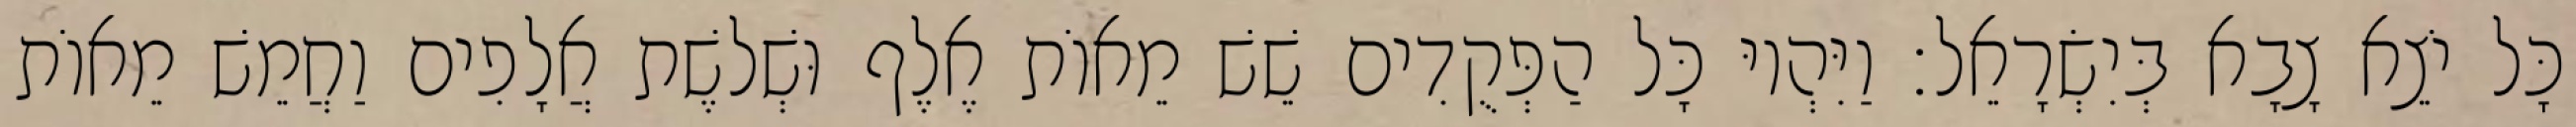
כָּל יֹצֵא צָבָא בְּיִשְׂרָאֵל׃ וַיִּהְיוּ כָּל הַפְּקֻדִים שֵׁשׁ מֵאוֹת אֶלֶף וּשְׁלשֶׁת אֲלָפִים וַחֲמֵשׁ מֵאוֹת